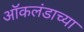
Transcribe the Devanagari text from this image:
ऑकलंडाच्या